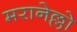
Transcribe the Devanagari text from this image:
मरानेल्लो